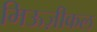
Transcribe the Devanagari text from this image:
मिऊज़ीकल